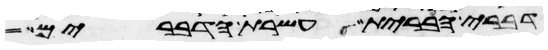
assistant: דברי הברית עשרת הדברים